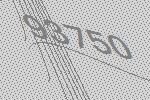
93750